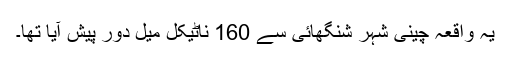
یہ واقعہ چینی شہر شنگھائی سے 160 ناٹیکل میل دور پیش آیا تھا۔